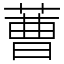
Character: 蓸